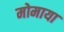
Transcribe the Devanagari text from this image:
मोमाया